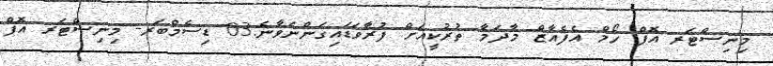
މިނިސްޓަރ އޮފް ހޯމް އެފެއާޒް މާދަމާ ތުރުކީއަށް ފުރާވަޑައިގަންނަވާނެ.03 ޑިސެމްބަރ- މިނިސްޓަރ އޮފް